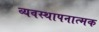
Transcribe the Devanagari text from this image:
व्यवस्थापनात्मक